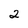
Character: 2